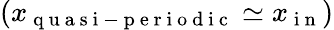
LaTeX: (x_{\mathrm{~q~u~a~s~i~-~p~e~r~i~o~d~i~c~}}\simeq x_{\mathrm{~i~n~}})